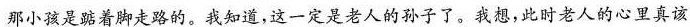
那小孩是踮着脚走路的。我知道，这一定是老人的孙子了。我想，此时老人的心里真该